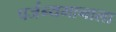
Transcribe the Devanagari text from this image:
पर्जन्यमानाला